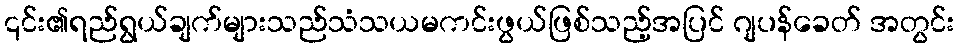
၎င်း၏ရည်ရွယ်ချက်များသည်သံသယမကင်းဖွယ်ဖြစ်သည့်အပြင် ဂျပန်ခေတ် အတွင်း